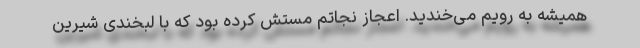
همیشه به رویم می‌خندید. اعجاز نجاتم مستش کرده بود که با لبخندی شیرین